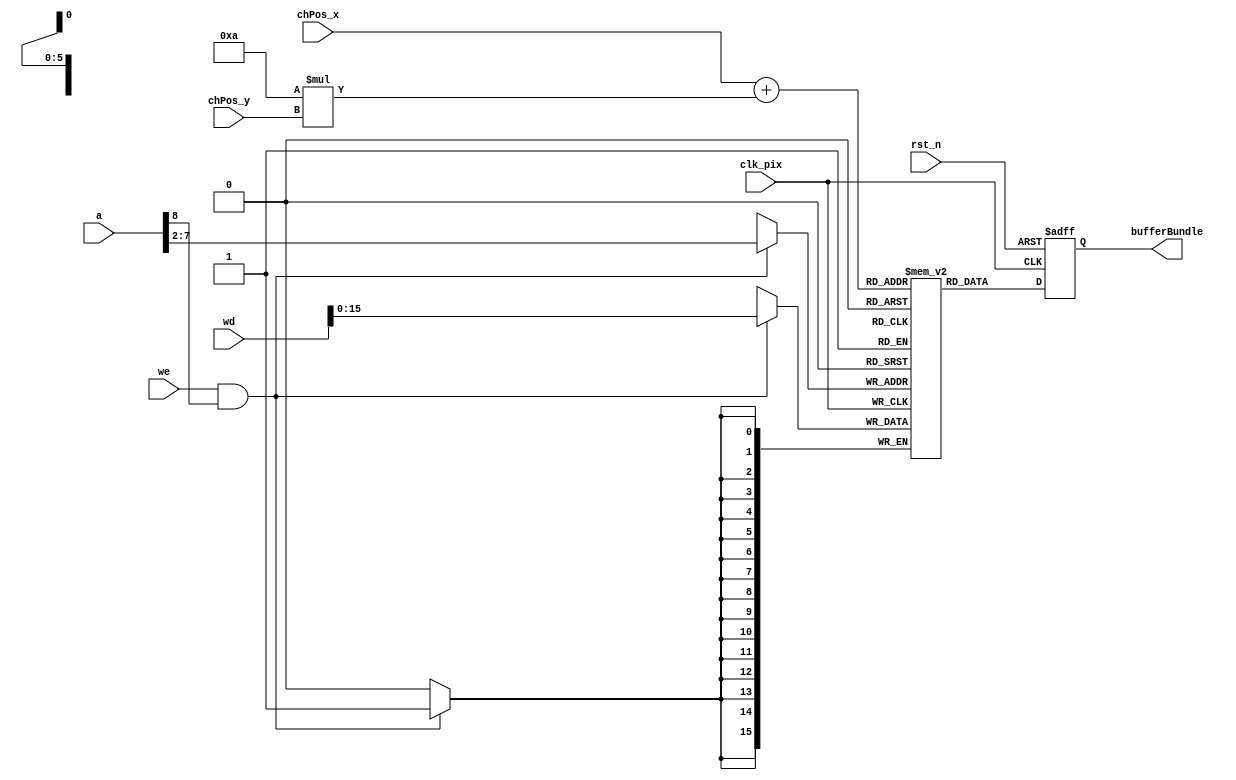
module dispBuffer #(
    parameter BUFFER_WIDTH = 16,
    parameter ASCII_WIDTH = 8,
    parameter GRID_ROW = 5,
    parameter GRID_COL = 10
    ) (
    input clk_pix,
    input rst_n,
    input [$clog2(GRID_COL)-1:0] chPos_x,
    input [$clog2(GRID_ROW)-1:0] chPos_y,
    // input dataReady,
    // input [ASCII_WIDTH-1:0] ascii,
    // input [(BUFFER_WIDTH-ASCII_WIDTH)/2-1:0] colorIndexF_in,
    // input [(BUFFER_WIDTH-ASCII_WIDTH)/2-1:0] colorIndexB_in,
    input         we,
    input  [31:0] a,
    input  [31:0] wd,    
    output reg [BUFFER_WIDTH-1:0] bufferBundle
    ); 
    integer i;

    reg [BUFFER_WIDTH-1:0] Buffer [GRID_COL*GRID_ROW  -1 : 0];

    initial begin
        for(i=0; i<GRID_COL*GRID_ROW; i=i+1)
            Buffer[i] <= 0;
    end

    always@( posedge clk_pix ) begin
        // if(!rst_n) begin 
            // for(i=0; i<GRID_COL*GRID_ROW; i=i+1)
                //  Buffer[i] <= 0;  
        // end
        if( we & a[8] )
            Buffer[a[7:2]] <= wd[15:0];

    end

    // reg [BUFFER_WIDTH-1:0] cursorTemp = 0; 
    // reg [$clog2(GRID_COL*GRID_ROW)-1:0] wrPos;
// 
    // wire colorIndexF = colorIndexF_in == 0 ? 5 : colorIndexF_in;
    // wire colorIndexB = colorIndexB_in == 0 ? 1 : colorIndexB_in;

    
    // always@(negedge dataReady or negedge rst_n) begin
        // if(!rst_n ) begin
            // for(i=1; i<GRID_COL*GRID_ROW; i=i+1) begin
                //  Buffer[i] <= {4'd1,4'd5,8'd0};  
            // end
            // wrPos <= 0; 
            // Buffer[wrPos] <= {4'd1,4'd5,8'd127}; 
            // cursorTemp <= {4'd1,4'd5,8'd0};     
        // end
        // else if(ascii==8'b00010001) begin  //left
            // Buffer[wrPos] <= cursorTemp;
            // cursorTemp <= Buffer[wrPos==0 ? GRID_COL*GRID_ROW-1 : wrPos-1];        
            // Buffer[wrPos==0 ? GRID_COL*GRID_ROW-1 : wrPos-1] <= {colorIndexB,colorIndexF,8'd127};
            // wrPos <= wrPos==0 ? GRID_COL*GRID_ROW-1 : wrPos-1 ;            
        // end
        // else if(ascii==8'b00010100) begin  //right
            // Buffer[wrPos] <= cursorTemp;
            // cursorTemp <= Buffer[wrPos==GRID_COL*GRID_ROW-1 ? 0 : wrPos+1];        
            // Buffer[wrPos==GRID_COL*GRID_ROW-1 ? 0 : wrPos+1] <= {colorIndexB,colorIndexF,8'd127};
            // wrPos <= wrPos==GRID_COL*GRID_ROW-1 ? 0 : wrPos+1;            
        // end
        // else if(ascii==8'b00010010) begin  //up
            // Buffer[wrPos] <= cursorTemp;
            // cursorTemp <= Buffer[wrPos>=GRID_COL ? wrPos-GRID_COL : wrPos+(GRID_ROW-1)*GRID_COL];        
            // Buffer[wrPos>=GRID_COL ? wrPos-GRID_COL : wrPos+(GRID_ROW-1)*GRID_COL] <= {colorIndexB,colorIndexF,8'd127};
            // wrPos <= wrPos>=GRID_COL ? wrPos-GRID_COL : wrPos+(GRID_ROW-1)*GRID_COL;            
        // end
        // else if(ascii==8'b00010011) begin  //down
            // Buffer[wrPos] <= cursorTemp;
            // cursorTemp <= Buffer[wrPos<(GRID_ROW-1)*GRID_COL ? wrPos+GRID_COL : wrPos-(GRID_ROW-1)*GRID_COL];        
            // Buffer[wrPos<(GRID_ROW-1)*GRID_COL ? wrPos+GRID_COL : wrPos-(GRID_ROW-1)*GRID_COL] <= {colorIndexB,colorIndexF,8'd127};
            // wrPos <= wrPos<(GRID_ROW-1)*GRID_COL ? wrPos+GRID_COL : wrPos-(GRID_ROW-1)*GRID_COL;            
        // end 
        // else if(ascii==8'b00001101) begin  //enter
            // Buffer[wrPos] <= cursorTemp;
            // cursorTemp <= Buffer[ wrPos<(GRID_ROW-1)*GRID_COL ? ((wrPos/GRID_COL)+1)*GRID_COL : 0 ];        
            // Buffer[ wrPos<(GRID_ROW-1)*GRID_COL ? ((wrPos/GRID_COL)+1)*GRID_COL : 0 ] <= {colorIndexB,colorIndexF,8'd127};
            // wrPos <= wrPos<(GRID_ROW-1)*GRID_COL ? ((wrPos/GRID_COL)+1)*GRID_COL : 0 ;            
        // end 
        // else if(ascii==8'b01111111) begin //backSpace
            // Buffer[wrPos] <= {colorIndexB,colorIndexF,8'd0};
            // cursorTemp <= {colorIndexB,colorIndexF,8'd0};        
            // Buffer[wrPos==0 ? GRID_COL*GRID_ROW-1 : wrPos-1] <= {colorIndexB,colorIndexF,8'd127};
            // wrPos <= wrPos==0 ? GRID_COL*GRID_ROW-1 : wrPos-1 ;                        
        // end 
        // else if(ascii==8'b00000010) begin //clear
            // for(i=1; i<GRID_COL*GRID_ROW; i=i+1) begin
                // Buffer[i] <= {colorIndexB,colorIndexF,8'd0};  
            // end
            // wrPos <= 0; 
            // Buffer[0] <= {colorIndexB,colorIndexF,8'd127}; 
            // cursorTemp <= {colorIndexB,colorIndexF,8'd0};         
        // end      
        // else begin
            // Buffer[wrPos] <= {colorIndexB,colorIndexF,ascii};
            // cursorTemp <= Buffer[wrPos==GRID_COL*GRID_ROW-1 ? 0 : wrPos+1];  
            // wrPos <= wrPos<GRID_COL*GRID_ROW-1 ? wrPos + 1 : 0;
            // Buffer[ wrPos==GRID_COL*GRID_ROW-1 ? 0 : wrPos+1 ] <= {colorIndexB,colorIndexF,8'd127};
        // end
    // end                  

    always@(posedge clk_pix or negedge rst_n) begin
        if(!rst_n) begin
            bufferBundle <= 16'b0;
        end
        else begin
            bufferBundle <= Buffer[chPos_x + GRID_COL*chPos_y];
        end
    end
    
endmodule